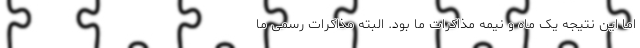
اما این نتیجه یک ماه و نیمه مذاکرات ما بود. البته مذاکرات رسمی ما